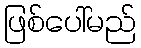
ဖြစ်ပေါ်မည်